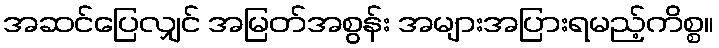
အဆင်ပြေလျှင် အမြတ်အစွန်း အများအပြားရမည့်ကိစ္စ။